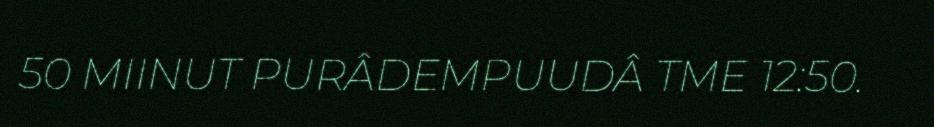
50 MIINUT PURÂDEMPUUDÂ TME 12:50.